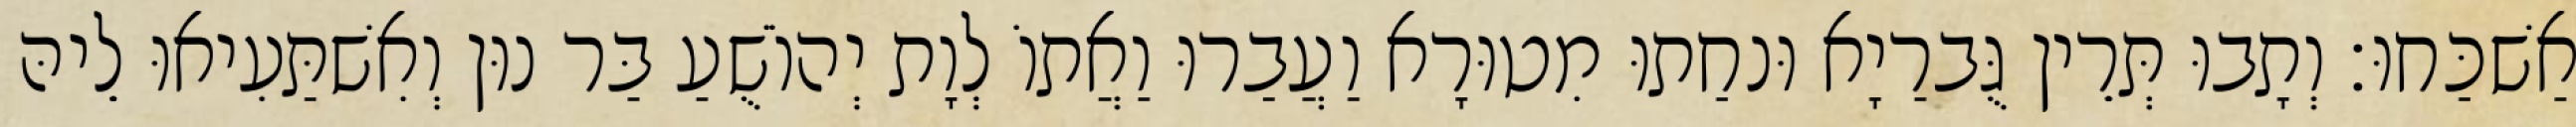
אַשׁכַּחוּ׃ וְתָבוּ תְּרֵין גֻּברַיָא וּנחַתוּ מִטוּרָא וַעֲבַרוּ וַאֲתוֹ לְוָת יְהוֹשֻׁעַ בַּר נוּן וְאִשׁתַּעִיאוּ לֵיהּ